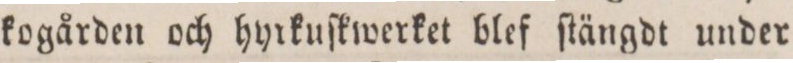
kogården och hyrkuſkwerket blef ſtängdt under